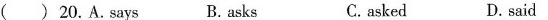
( ) 20.A.says B.asks C.asked D.said